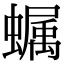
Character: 𧑏